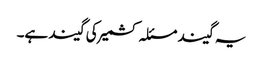
یہ گیند مسئلہ کشمیر کی گیند ہے۔